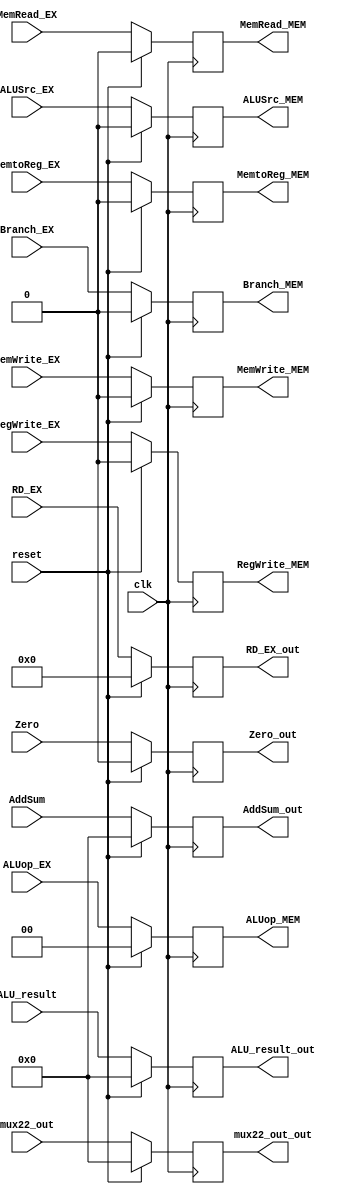
`timescale 1ns / 1ps
//////////////////////////////////////////////////////////////////////////////////
// Company: 
// Engineer: 
// 
// Design Name: 
// Module Name: pipeline_EX_MEM
// Project Name: 
// Target Devices: 
// Tool Versions: 
// Description: 
// 
// Dependencies: 
// 
// Revision:
// Revision 0.01 - File Created
// Additional Comments:
// 
//////////////////////////////////////////////////////////////////////////////////


module pipeline_EX_MEM(input clk, reset,
                       input Zero,
                       input[31:0] ALU_result,
                       input[31:0] AddSum,
                       input[31:0] mux22_out,
                       input[4:0] RD_EX,
                       input MemRead_EX, MemtoReg_EX, MemWrite_EX, RegWrite_EX, Branch_EX, ALUSrc_EX,
                       input [1:0] ALUop_EX,
                       
                       output reg Zero_out,
                       output reg[31:0] ALU_result_out,
                       output reg[31:0] AddSum_out,
                       output reg[31:0] mux22_out_out,
                       output reg[4:0] RD_EX_out,
                       output reg MemRead_MEM, MemtoReg_MEM, MemWrite_MEM, RegWrite_MEM, Branch_MEM, ALUSrc_MEM,
                       output reg [1:0] ALUop_MEM
 
    );
    
    always@(posedge clk)
    begin
        if (reset)
            begin
                AddSum_out <= 32'b0;
                Zero_out <= 0;
                ALU_result_out <= 32'b0;
                mux22_out_out <= 32'b0;
                RD_EX_out <= 5'b0;
                MemRead_MEM <= 1'b0;
                MemtoReg_MEM <= 1'b0;
                MemWrite_MEM <= 1'b0;
                RegWrite_MEM <= 1'b0;
                Branch_MEM <= 1'b0;
                ALUSrc_MEM <= 1'b0;
                ALUop_MEM <= 2'b0;
            end
        else
            begin
                AddSum_out <= AddSum;
                Zero_out <= Zero;
                ALU_result_out <= ALU_result;
                mux22_out_out <= mux22_out;
                RD_EX_out <= RD_EX;
                MemRead_MEM <= MemRead_EX;
                MemtoReg_MEM <= MemtoReg_EX;
                MemWrite_MEM <= MemWrite_EX;
                RegWrite_MEM <= RegWrite_EX;
                Branch_MEM <= Branch_EX;
                ALUSrc_MEM <= ALUSrc_EX;
                ALUop_MEM <= ALUop_EX;
            end
    end
endmodule